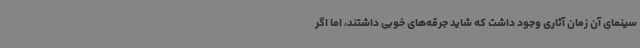
سینمای آن زمان آثاری وجود داشت که شاید جرقه‌های خوبی داشتند، اما اگر